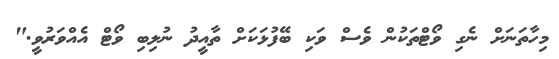
މިހާތަނަށް ނެގި ވޯޓްތަކުން ވެސް ވަކި ބޭފުޅަކަށް ތާއީދު ނުލިބި ވޯޓް އެއްވަރުވީ."